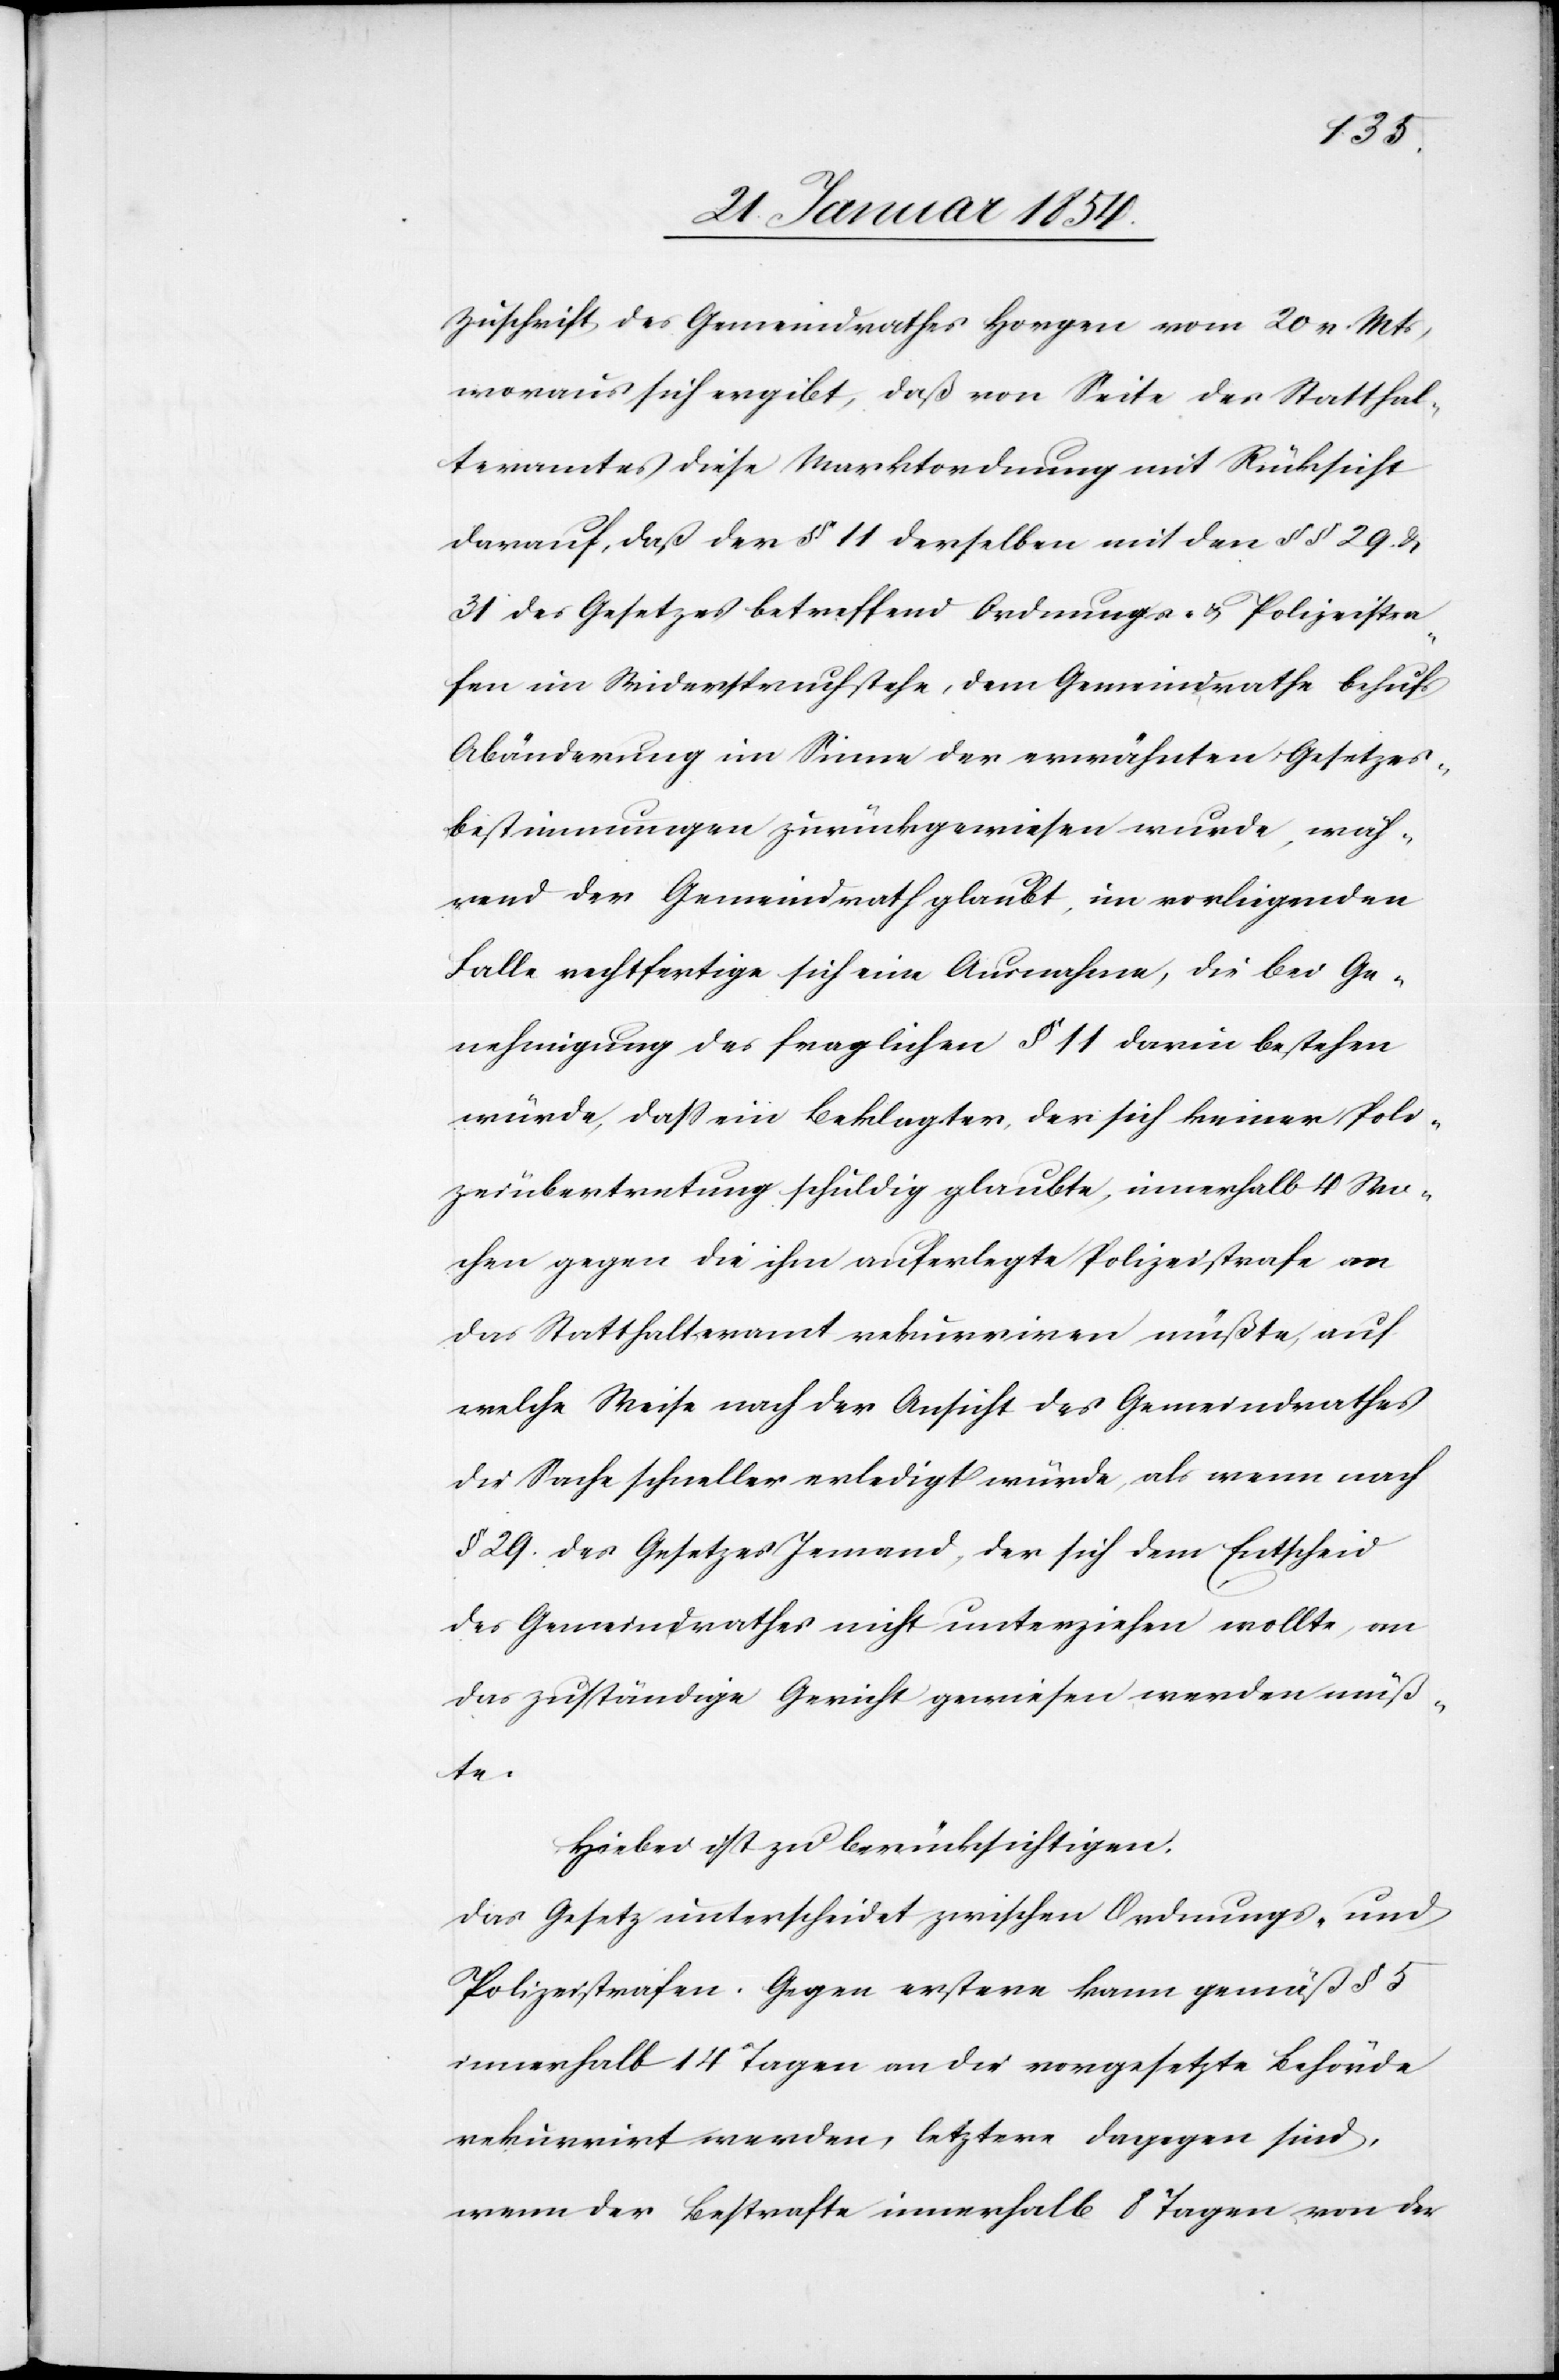
Zuschrift des Gemeindrathes Horgen vom 20 v. Mts,
woraus sich ergibt, daß von Seite des Statthal¬
teramtes diese Marktordnung mit Rücksicht
darauf, daß der § 11 derselben mit den § § 29. &
31 des Gesetzes betreffend Ordnungs- u. Polizeistra¬
fen im Widerspruch stehe, dem Gemeindrathe behufs
Abänderung im Sinne der erwähnten Gesetzes¬
bestimmungen zurückgewiesen wurde, wäh¬
rend der Gemeindrath glaubt, im vorliegenden
Falle rechtfertige sich eine Ausnahme, die bei Ge¬
nehmigung des fraglichen 11 darin bestehen
würde, daß ein Beklagter, der sich keiner Poli¬
zeiübertretung schuldig glaubt, innerhalb 4 Wo¬
chen gegen die ihm auferlegte Polizeistrafe an
das Statthalteramt rekurriren müßte, auf
welche Weise nach der Aufsicht des Gemeindrathes
die Sache schneller erledigt würde, als wenn nach
§ 29. des Gesetzes Jemand, der sich dem Entscheid
des Gemeindrathes nicht unterziehen wollte, an
das zuständige Gericht gewiesen werden müß¬
te.
Hiebei ist zu berücksichtigen:
Das Gesetz unterscheidet zwischen Ordnungs- und
Polizeistrafen. Gegen erstere kann gemäß § 5
innerhalb 14 Tagen an die vorgesetzte Behörde
rekurrirt werden, letztere dagegen sind,
wenn der Bestrafte innerhalb 8 Tagen von der